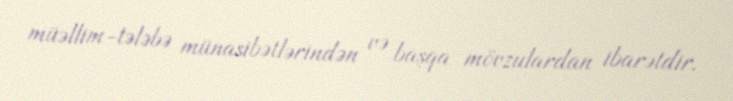
müəllim-tələbə münasibətlərindən və başqa mövzulardan ibarətdir.